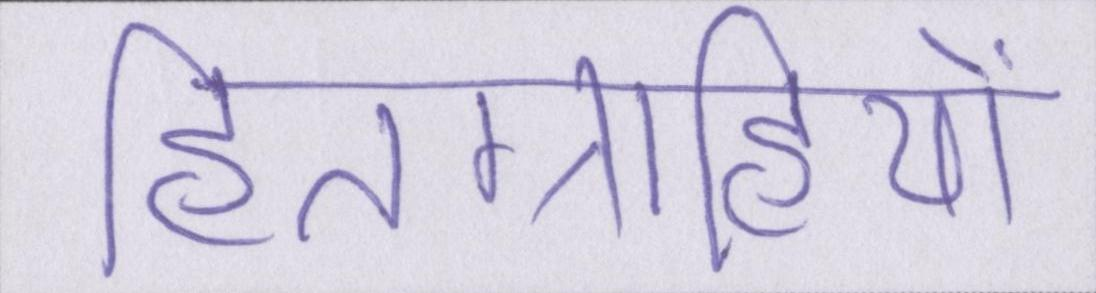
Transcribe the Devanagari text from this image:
हितग्राहियों